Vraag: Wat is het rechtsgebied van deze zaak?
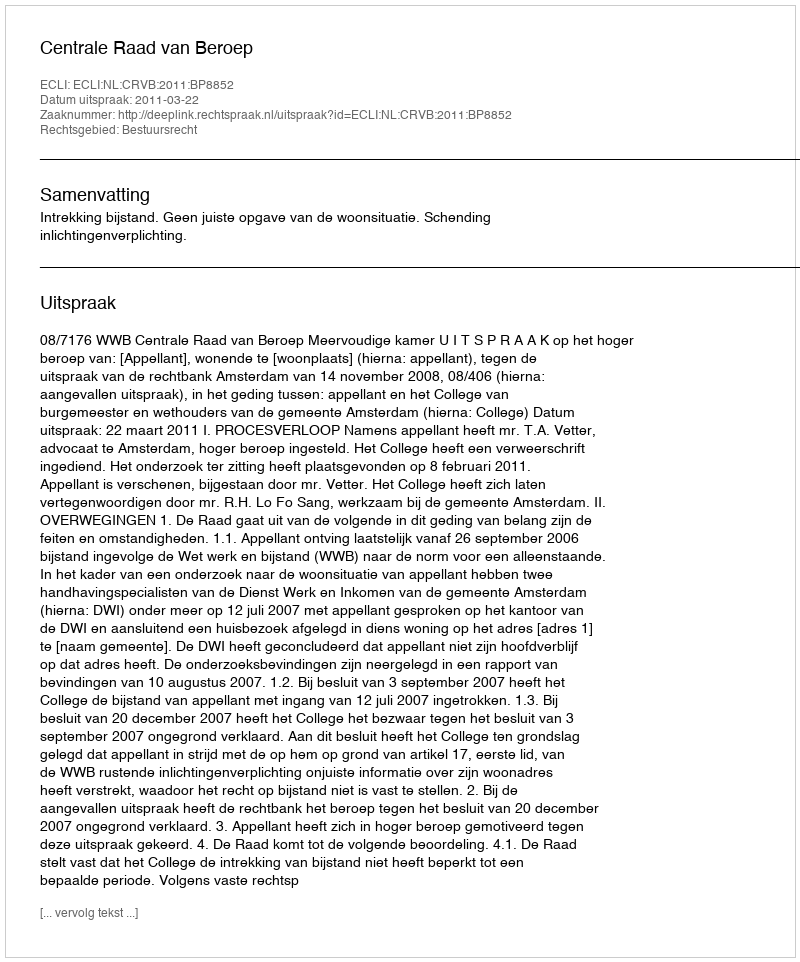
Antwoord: Bestuursrecht